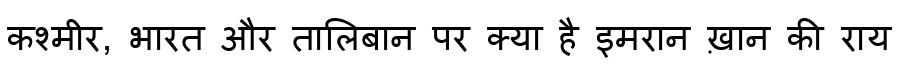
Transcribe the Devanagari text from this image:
कश्मीर, भारत और तालिबान पर क्या है इमरान ख़ान की राय